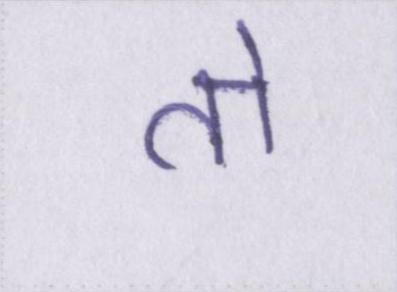
तो